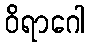
ဝိရာဂေါ